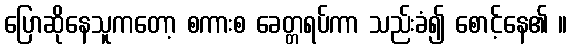
ပြောဆိုနေသူကတော့ စကားစ ခေတ္တရပ်ကာ သည်းခံ၍ စောင့်နေ၏ ။